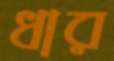
ধার